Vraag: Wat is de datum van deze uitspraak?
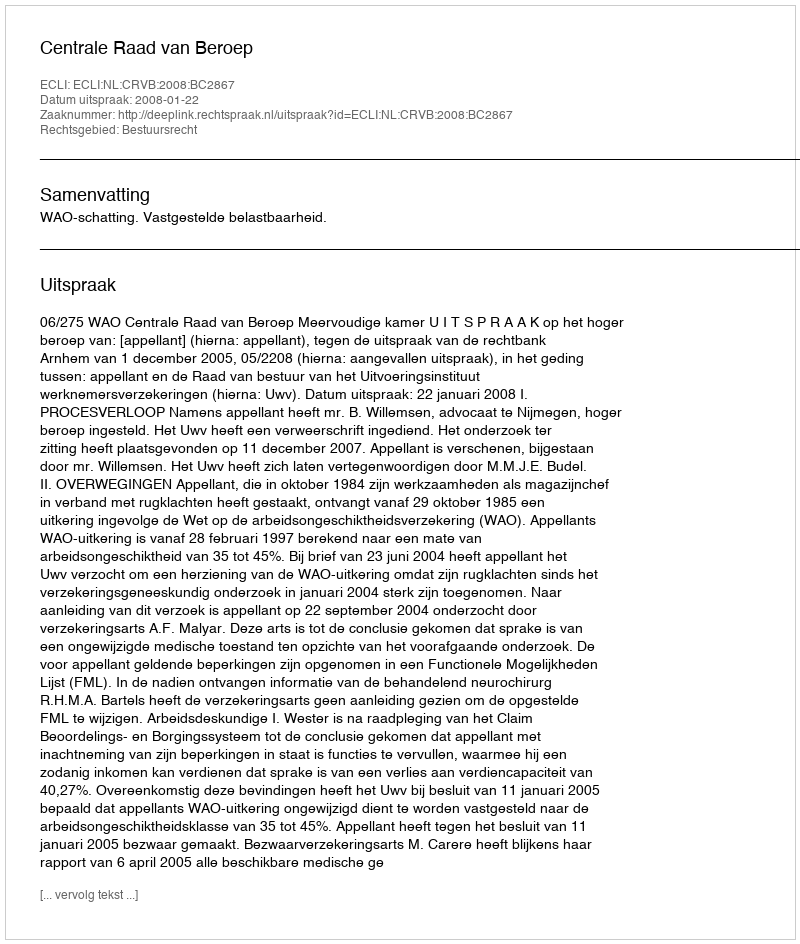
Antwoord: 2008-01-22